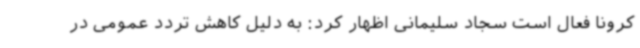
کرونا فعال است سجاد سلیمانی اظهار کرد: به دلیل کاهش تردد عمومی در